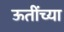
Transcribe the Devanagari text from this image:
ऊतींच्या